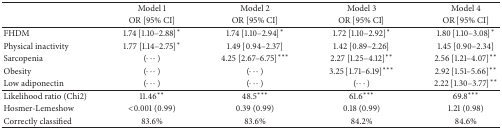
<table><thead><tr><td><b> </b></td><td><b>Model 1</b></td><td><b>Model 2</b></td><td><b>Model 3</b></td><td><b>Model 4</b></td></tr><tr><td><b> </b></td><td><b>OR [95% CI]</b></td><td><b>OR [95% CI]</b></td><td><b>OR [95% CI]</b></td><td><b>OR [95% CI]</b></td></tr></thead><tbody><tr><td>FHDM</td><td>1.74 [1.10–2.88]<sup>*</sup></td><td>1.74 [1.10–2.94]<sup>*</sup></td><td>1.72 [1.10–2.92]<sup>*</sup></td><td>1.80 [1.10–3.08]<sup>*</sup></td></tr><tr><td>Physical inactivity</td><td>1.77 [1.14–2.75]<sup>*</sup></td><td>1.49 [0.94–2.37]</td><td>1.42 [0.89–2.26]</td><td>1.45 [0.90–2.34]</td></tr><tr><td>Sarcopenia</td><td>(⋯)</td><td>4.25 [2.67–6.75]<sup>***</sup></td><td>2.27 [1.25–4.12]<sup>**</sup></td><td>2.56 [1.21–4.07]<sup>**</sup></td></tr><tr><td>Obesity</td><td>(⋯)</td><td>(⋯)</td><td>3.25 [1.71–6.19]<sup>***</sup></td><td>2.92 [1.51–5.66]<sup>**</sup></td></tr><tr><td>Low adiponectin</td><td>(⋯)</td><td>(⋯)</td><td>(⋯)</td><td>2.22 [1.30–3.77]<sup>**</sup></td></tr><tr><td>Likelihood ratio (Chi2)</td><td>11.46<sup>**</sup></td><td>48.5<sup>***</sup></td><td>61.6<sup>***</sup></td><td>69.8<sup>***</sup></td></tr><tr><td>Hosmer-Lemeshow </td><td>&lt;0.001 (0.99)</td><td>0.39 (0.99)</td><td>0.18 (0.99)</td><td>1.21 (0.98)</td></tr><tr><td>Correctly classified </td><td>83.6%</td><td>83.6%</td><td>84.2%</td><td>84.6%</td></tr></tbody></table>